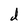
Character: d